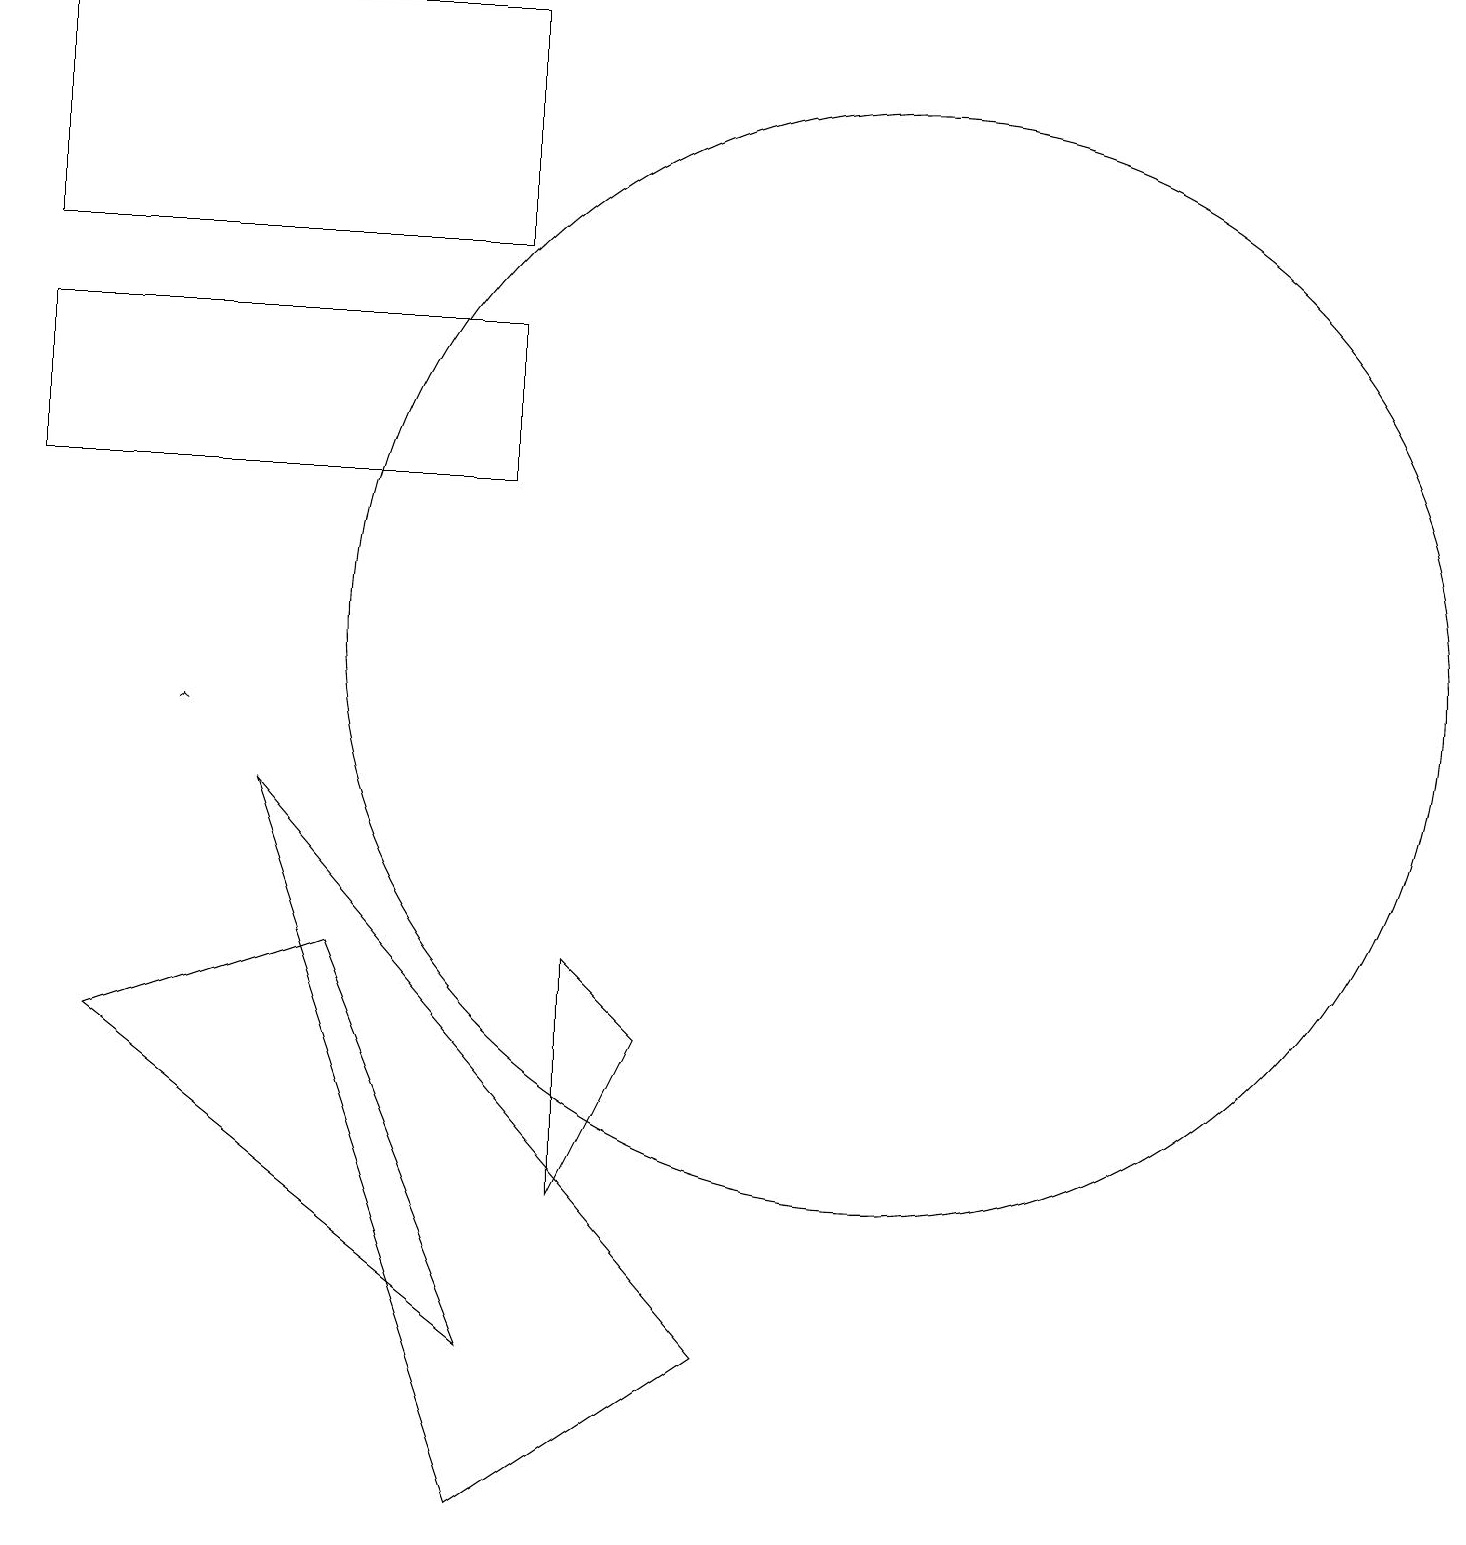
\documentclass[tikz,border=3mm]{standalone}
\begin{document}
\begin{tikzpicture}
\draw (6,19) rectangle (0,16);
\draw (11,11) circle (7);
\draw (0,15) rectangle (6,13);
\draw (1,6) -- (4,7) -- (6,2) -- cycle;
\draw (7,7) -- (8,6) -- (7,4) -- cycle;
\draw (6,0) -- (3,9) -- (9,2) -- cycle;
\draw[->] (2,10) -- (2,10);
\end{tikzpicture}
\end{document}